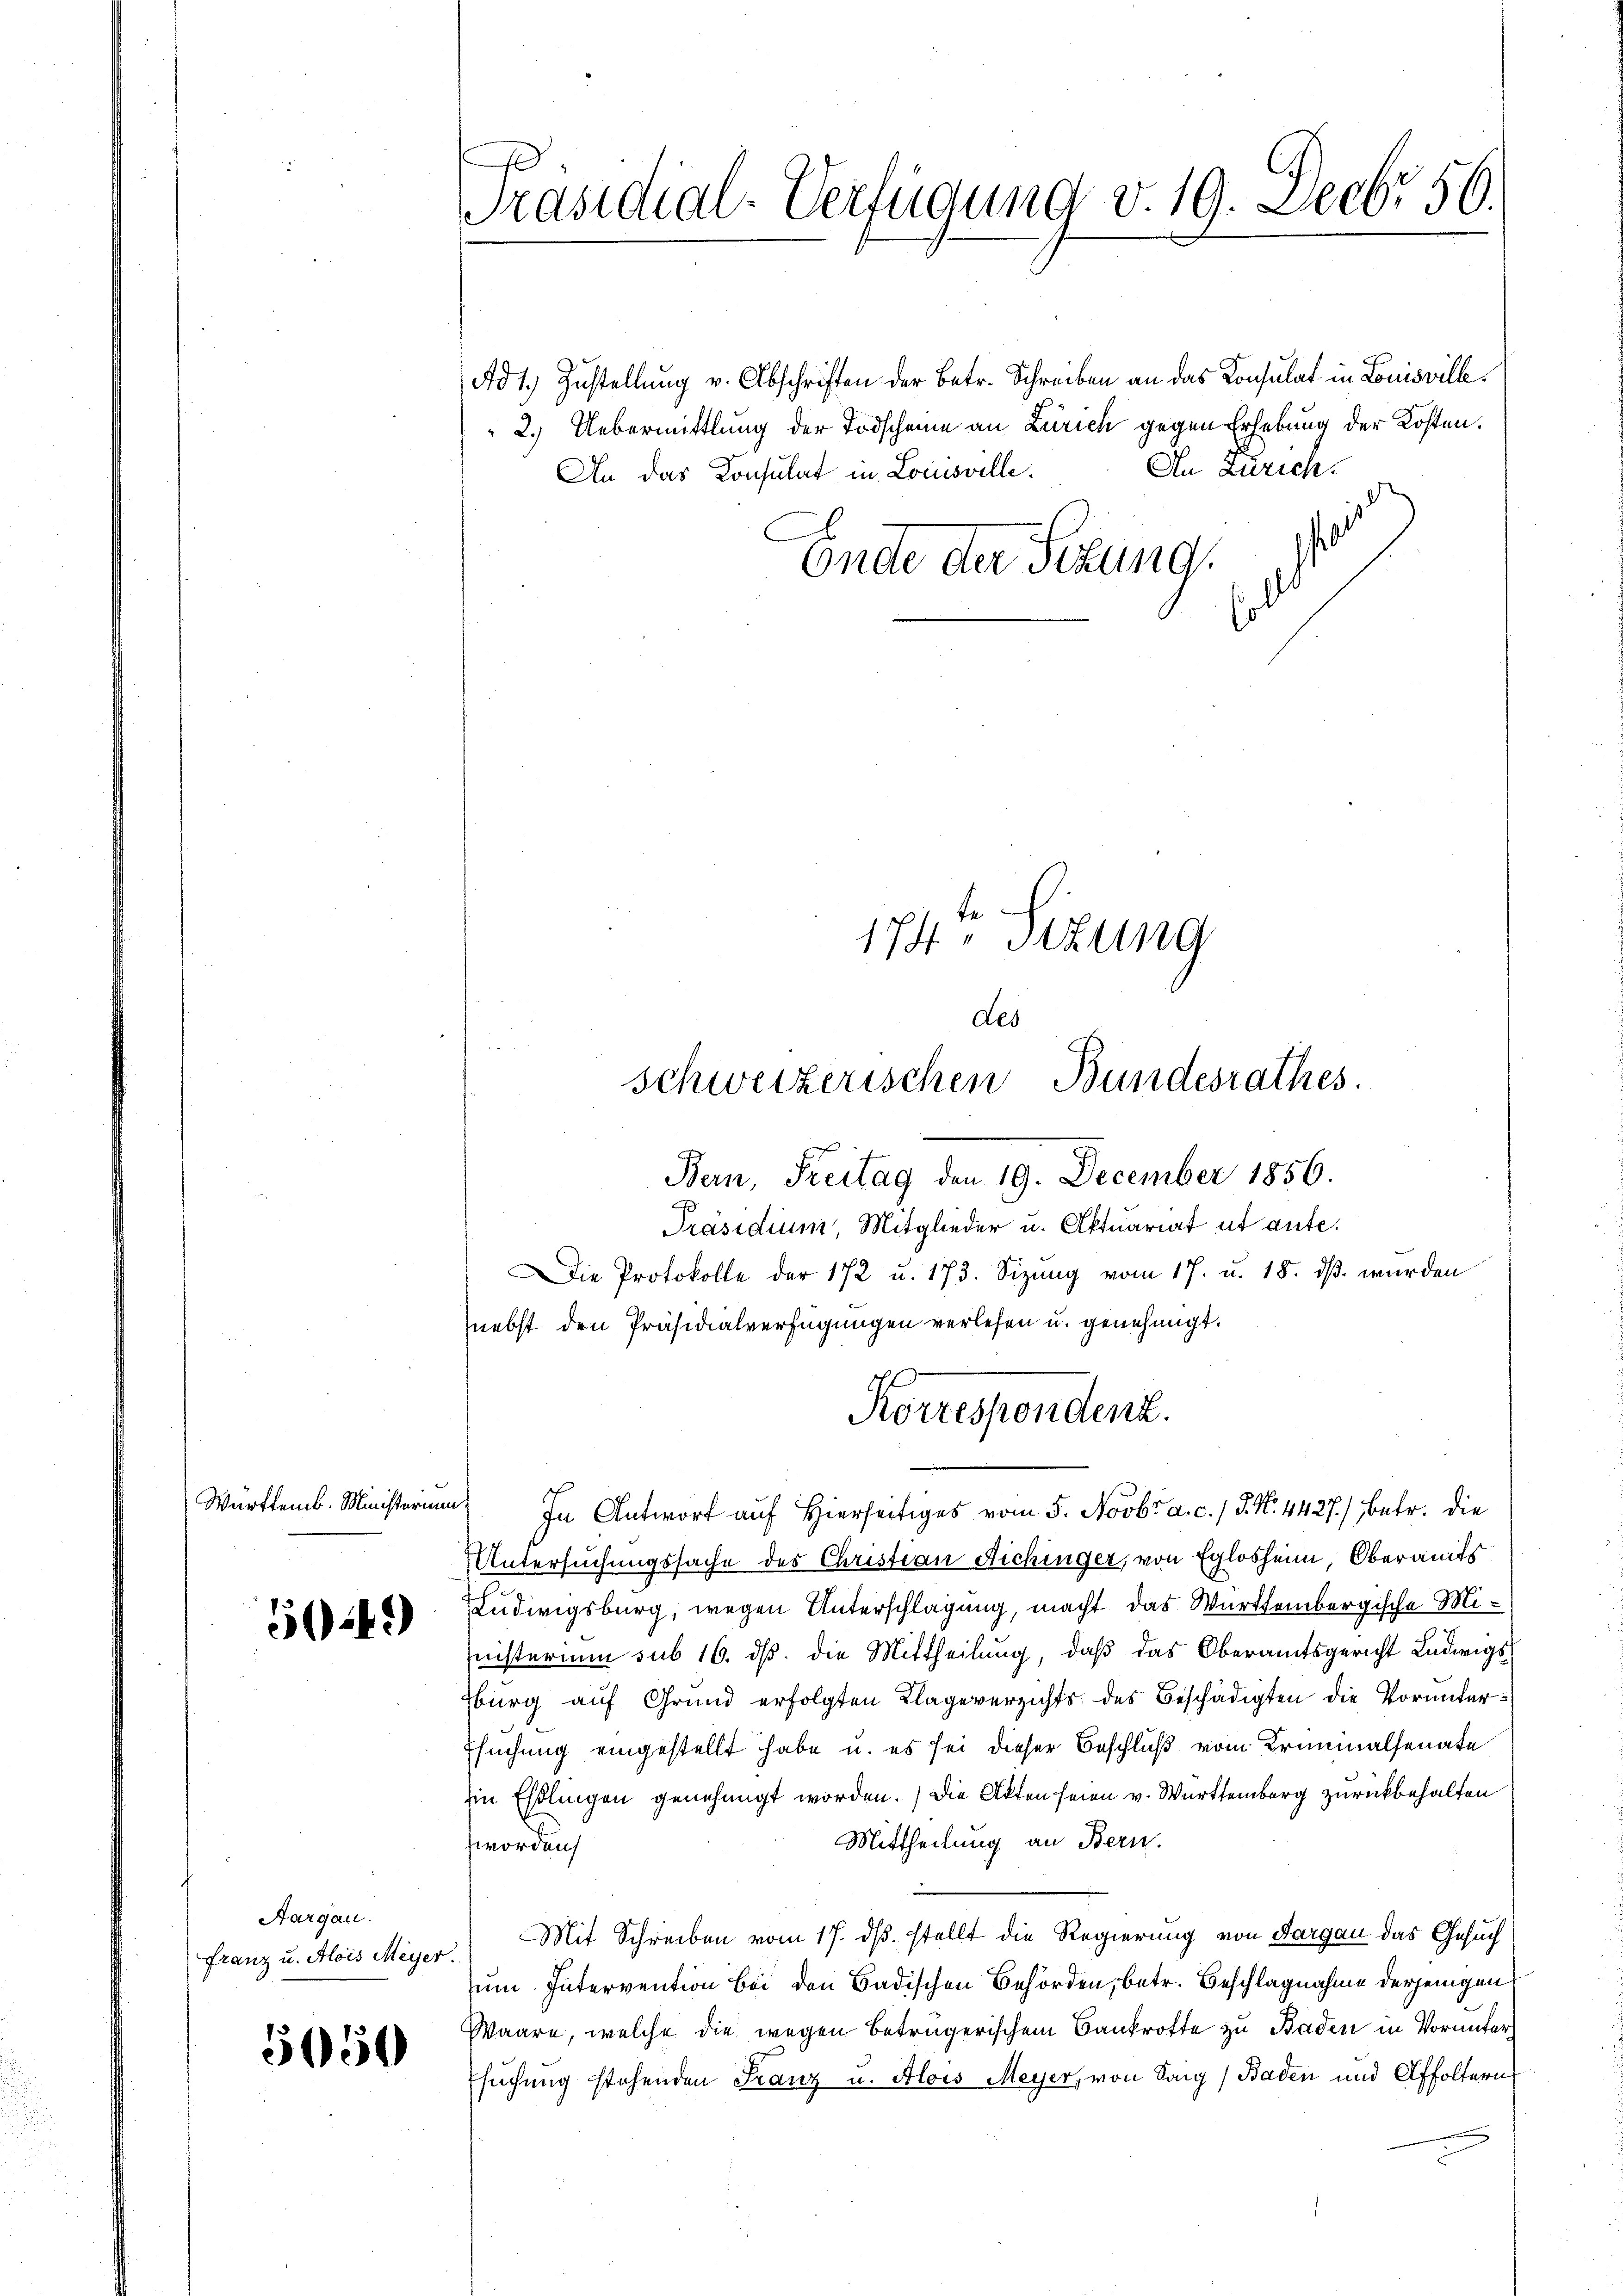
Württemb. Ministerium

542)

Aargau.

5150

Ad 1) Zustellung v. Abschriften der Betr. Schreiben an das Konsulat in Louisvill
2.) Uebermittlung der Todscheine an Zürich gegen Erhebung der Kosten.
An Zürich.
An das Konsulat in Louisville.
C
¬
Endte der Sitzung

p
Präsidial-Verfügung v. 19. Decbr 56.

174te Sizung
des
Schweizerischen Bundesrathes.

Präsidium, Mitglieder u. Aktuariat ut ante.
Die Protokolle der 172 u. 173. Sizung vom 17. u. 18. dβ. wurden
nebst den Präsidialverfügungen verlesen u. genehmigt.

Ban, Freitag den 19. December 1856.

In Antwort auf Hierseitiges vom 5. Novbr. a. c. / 5. N. 4427.) Betr. die
Untersuchungssache des Christian Richinger, von Eglosheim Oberamts
ELudwigsburg, wegen Unterschlagung, macht das Württembergische Mi¬
Inisterium sub 16. ds. die Mittheilung, daß das Oberamtsgericht Ludwigs¬
Eburg auf Grund erfolgten Klage verzichts des Beschädigten die Vorunter¬
Esuchung eingestellt habe u. es sei dieser Beschluß vom Kriminalsenate
Ein Esslingen genehmigt worden.) Die Akten seien v. Württemberg zurückbehalten.
Mittheilung an Bern.
worden
Franz u. Alois Meyer Mit Schreiben vom 17. ds. stellt die Regierung von Aargau das Gesuch
zum Intervention bei den Badischen Behörden, betr. Beschlagnahme derjenigen
Waare, welche die wegen betrügerischem Bankrotte zu Baden in Vorunter¬
Esuchung stehenden Franz u. Alois Meyer, von Sang / Baden und Affoltern

Korrespondenz.